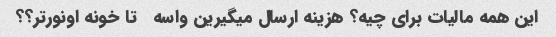
این همه مالیات برای چیه؟ هزینه ارسال میگیرین واسه   تا خونه اونور‌تر؟؟